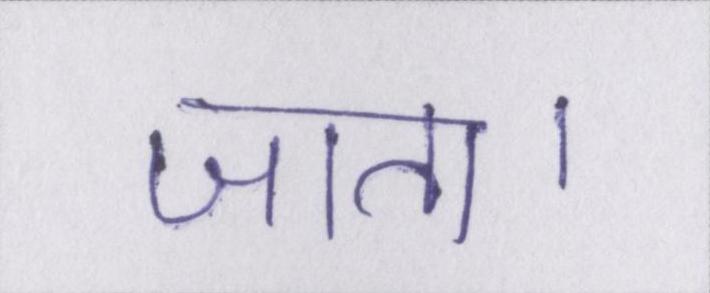
जाता।